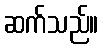
ဆက်သည်။